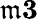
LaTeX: \mathfrak{m}\le3